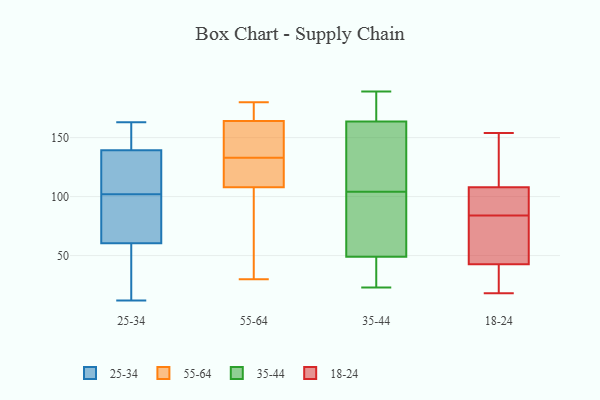
{"axis": {"x": "Inventory Turnover", "y": "Value"}, "legend": ["18-24", "25-34", "35-44", "55-64"], "data": [{"x": "", "y": 119, "type": "25-34"}, {"x": "", "y": 67, "type": "25-34"}, {"x": "", "y": 89, "type": "25-34"}, {"x": "", "y": 24, "type": "25-34"}, {"x": "", "y": 89, "type": "25-34"}, {"x": "", "y": 12, "type": "25-34"}, {"x": "", "y": 160, "type": "25-34"}, {"x": "", "y": 18, "type": "25-34"}, {"x": "", "y": 103, "type": "25-34"}, {"x": "", "y": 151, "type": "25-34"}, {"x": "", "y": 111, "type": "25-34"}, {"x": "", "y": 102, "type": "25-34"}, {"x": "", "y": 140, "type": "25-34"}, {"x": "", "y": 84, "type": "25-34"}, {"x": "", "y": 41, "type": "25-34"}, {"x": "", "y": 139, "type": "25-34"}, {"x": "", "y": 163, "type": "25-34"}, {"x": "", "y": 121, "type": "55-64"}, {"x": "", "y": 30, "type": "55-64"}, {"x": "", "y": 141, "type": "55-64"}, {"x": "", "y": 129, "type": "55-64"}, {"x": "", "y": 58, "type": "55-64"}, {"x": "", "y": 176, "type": "55-64"}, {"x": "", "y": 170, "type": "55-64"}, {"x": "", "y": 140, "type": "55-64"}, {"x": "", "y": 129, "type": "55-64"}, {"x": "", "y": 169, "type": "55-64"}, {"x": "", "y": 126, "type": "55-64"}, {"x": "", "y": 143, "type": "55-64"}, {"x": "", "y": 112, "type": "55-64"}, {"x": "", "y": 159, "type": "55-64"}, {"x": "", "y": 104, "type": "55-64"}, {"x": "", "y": 180, "type": "55-64"}, {"x": "", "y": 137, "type": "55-64"}, {"x": "", "y": 169, "type": "55-64"}, {"x": "", "y": 69, "type": "55-64"}, {"x": "", "y": 66, "type": "55-64"}, {"x": "", "y": 164, "type": "35-44"}, {"x": "", "y": 138, "type": "35-44"}, {"x": "", "y": 23, "type": "35-44"}, {"x": "", "y": 47, "type": "35-44"}, {"x": "", "y": 189, "type": "35-44"}, {"x": "", "y": 163, "type": "35-44"}, {"x": "", "y": 58, "type": "35-44"}, {"x": "", "y": 180, "type": "35-44"}, {"x": "", "y": 57, "type": "35-44"}, {"x": "", "y": 104, "type": "35-44"}, {"x": "", "y": 55, "type": "35-44"}, {"x": "", "y": 45, "type": "35-44"}, {"x": "", "y": 39, "type": "35-44"}, {"x": "", "y": 165, "type": "35-44"}, {"x": "", "y": 159, "type": "35-44"}, {"x": "", "y": 20, "type": "18-24"}, {"x": "", "y": 84, "type": "18-24"}, {"x": "", "y": 133, "type": "18-24"}, {"x": "", "y": 149, "type": "18-24"}, {"x": "", "y": 98, "type": "18-24"}, {"x": "", "y": 59, "type": "18-24"}, {"x": "", "y": 75, "type": "18-24"}, {"x": "", "y": 102, "type": "18-24"}, {"x": "", "y": 22, "type": "18-24"}, {"x": "", "y": 95, "type": "18-24"}, {"x": "", "y": 29, "type": "18-24"}, {"x": "", "y": 113, "type": "18-24"}, {"x": "", "y": 110, "type": "18-24"}, {"x": "", "y": 66, "type": "18-24"}, {"x": "", "y": 45, "type": "18-24"}, {"x": "", "y": 42, "type": "18-24"}, {"x": "", "y": 154, "type": "18-24"}, {"x": "", "y": 100, "type": "18-24"}, {"x": "", "y": 18, "type": "18-24"}]}